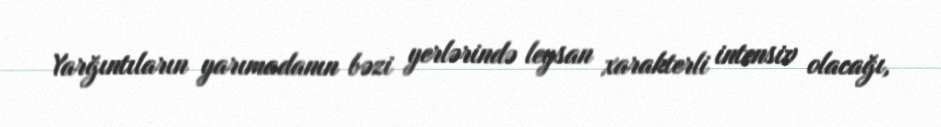
Yarğıntıların yarımadanın bəzi yerlərində leysan xarakterli intensiv olacağı,